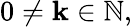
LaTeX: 0\neq\mathbf{k}\in\mathbb{{N}},